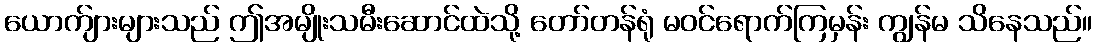
ယောက်ျားများသည် ဤအမျိုးသမီးဆောင်ထဲသို့ တော်တန်ရုံ မဝင်ရောက်ကြမှန်း ကျွန်မ သိနေသည်။